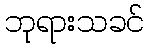
ဘုရားသခင်